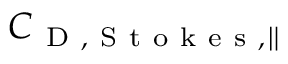
C _ { \mathrm { ~ D ~ , ~ S ~ t ~ o ~ k ~ e ~ s ~ } , \parallel }